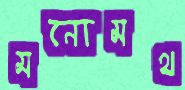
মনোমথ